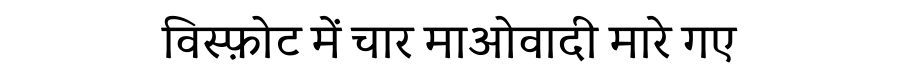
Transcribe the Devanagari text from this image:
विस्फ़ोट में चार माओवादी मारे गए